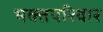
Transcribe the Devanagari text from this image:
भक्तपरिवार